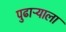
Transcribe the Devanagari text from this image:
पुढाऱ्याला